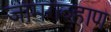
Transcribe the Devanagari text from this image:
जामगव्हाण